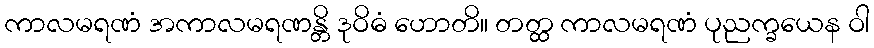
ကာလမရဏံ အကာလမရဏန္တိ ဒုဝိဓံ ဟောတိ။ တတ္ထ ကာလမရဏံ ပုညက္ခယေန ဝါ